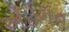
એઈગન